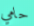
حامي